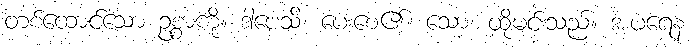
တစ်ထောင်သော ဥစ္စာကို။ ဒါပေသိ၊ ပေးစေ၏။ သော၊ ထိုမင်းသည်။ အပရေန